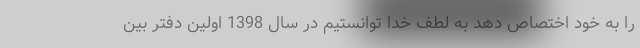
را به خود اختصاص دهد به لطف خدا توانستیم در سال 1398 اولین دفتر بین